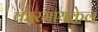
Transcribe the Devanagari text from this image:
कारमायकेल